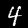
Label: 4